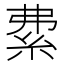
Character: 𥿏